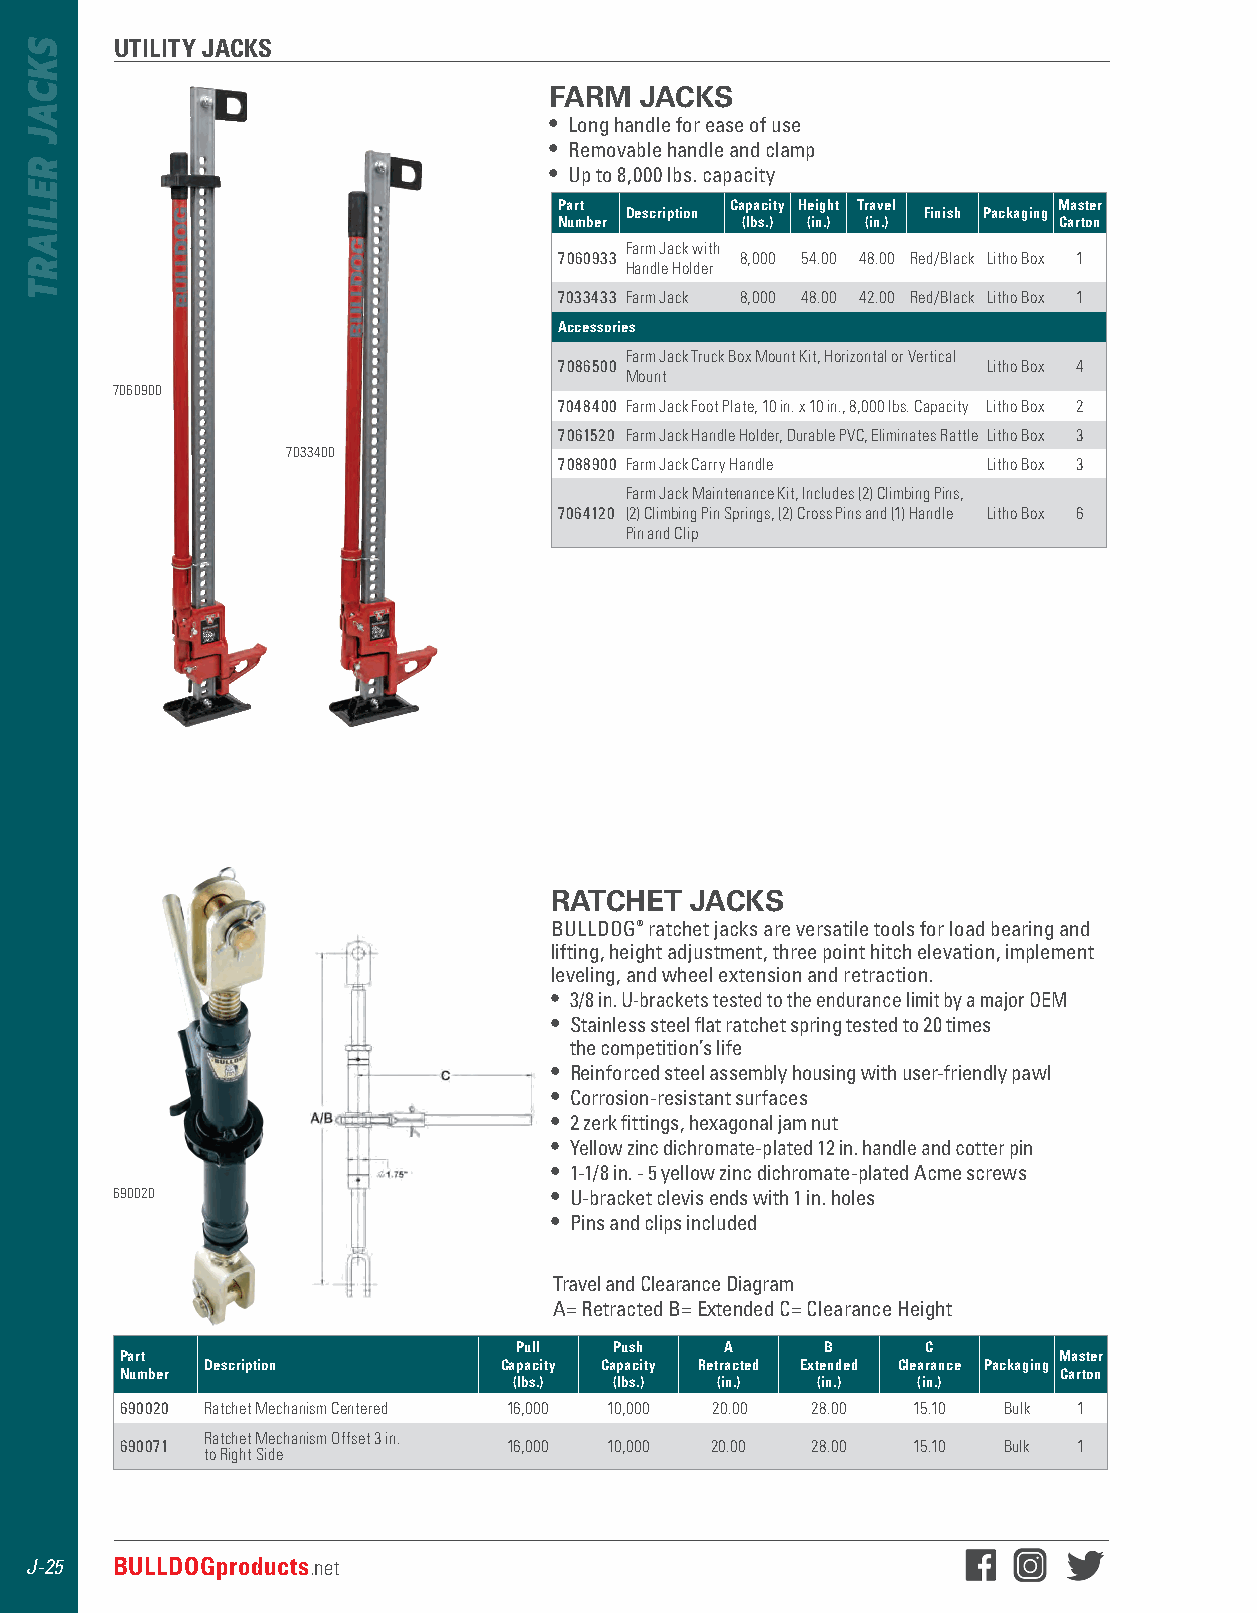
UTILITY JACKS
 FARM  JACKS
 • Long handle for ease of use
 • Removable handle and clamp
 • Up to 8,000 lbs . capacity
 Part       Capacity Height Travel Master
 Description         Finish Packaging
 Number      (lbs.) (in.) (in.)   Carton
 Farm Jack with
 7060933     8,000 54.00 48.00 Red/Black Litho Box 1
 Handle Holder
 7033433 Farm Jack 8,000 48.00 42.00 Red/Black Litho Box 1
 Accessories
 Farm Jack Truck Box Mount Kit, Horizontal or Vertical
 7086500                     Litho Box 4
 Mount
 7060900
 7048400 Farm Jack Foot Plate, 10 in. x 10 in., 8,000 lbs. Capacity Litho Box 2
 7061520 Farm Jack Handle Holder, Durable PVC, Eliminates Rattle Litho Box 3
 7033400
 7088900 Farm Jack Carry Handle Litho Box 3
 Farm Jack Maintenance Kit, Includes (2) Climbing Pins,
 7064120 (2) Climbing Pin Springs, (2) Cross Pins and (1) Handle Litho Box 6
 Pin and Clip
 RATCHET   JACKS
 BULLDOG® ratchet jacks are versatile tools for load bearing and
 lifting, height adjustment, three point hitch elevation, implement
 leveling, and wheel extension and retraction .
 • 3/8 in . U-brackets tested to the endurance limit by a major OEM
 • Stainless steel flat ratchet spring tested to 20 times
 the competition’s life
 • Reinforced steel assembly housing with user-friendly pawl
 • Corrosion-resistant surfaces
 • 2 zerk fittings, hexagonal jam nut
 • Yellow zinc dichromate-plated 12 in . handle and cotter pin
 • 1-1/8 in . - 5 yellow zinc dichromate-plated Acme screws
 690020                       • U-bracket clevis ends with 1 in . holes
 • Pins and clips included
 Travel and Clearance Diagram
 A= Retracted B= Extended C= Clearance Height
 Pull   Push   A      B     C
 Part                                                          Master
 Description        Capacity Capacity Retracted Extended Clearance Packaging
 Number                                                        Carton
 (lbs.) (lbs.) (in.) (in.)  (in.)
 690020 Ratchet Mechanism Centered 16,000 10,000 20.00 28.00 15.10 Bulk 1
 Ratchet Mechanism Offset 3 in.
 690071                    16,000 10,000 20.00 28.00 15.10 Bulk 1
 to Right Side
 J-25 BULLDOGproducts.net
 SKCAJ
 RELIART